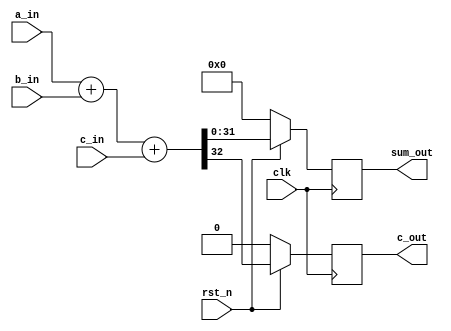
module adder32(
    input       clk,
    input       rst_n,
    input wire[31:0]a_in,
    input wire[31:0]b_in,
    input wire[0:0]c_in,    //carry in
    output reg[31:0]sum_out,
    output reg[0:0]c_out
    // output wire[31:0]sum_out,
    // output wire[0:0]c_out   //carry out
);
    //behavior of the adder can be synthesizable
    wire c_out_w;
    wire [31:0]sum_out_w;
assign {c_out_w,sum_out_w}=a_in+b_in+c_in;
always@(posedge clk)begin
    if(!rst_n)  begin
        c_out<=1'b0;
        sum_out<=32'b0;
    end
    else    begin
       c_out<=c_out_w;
       sum_out<=sum_out_w; 
    end
         
end


endmodule